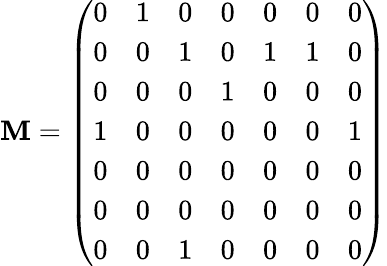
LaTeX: \mathbf{M}=\left(\begin{array}{ccccccc}{0}&{1}&{0}&{0}&{0}&{0}&{0}\\ {0}&{0}&{1}&{0}&{1}&{1}&{0}\\ {0}&{0}&{0}&{1}&{0}&{0}&{0}\\ {1}&{0}&{0}&{0}&{0}&{0}&{1}\\ {0}&{0}&{0}&{0}&{0}&{0}&{0}\\ {0}&{0}&{0}&{0}&{0}&{0}&{0}\\ {0}&{0}&{1}&{0}&{0}&{0}&{0}\end{array}\right)